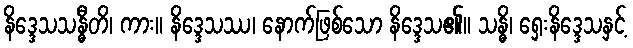
နိဒ္ဒေသသန္ဓီတိ၊ ကား။ နိဒ္ဒေသဿ၊ နောက်ဖြစ်သော နိဒ္ဒေသ၏။ သန္ဓိ၊ ရှေးနိဒ္ဒေသနှင့်